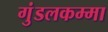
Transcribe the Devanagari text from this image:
गुंडलकम्मा